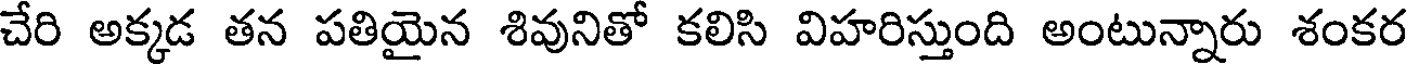
చేరి అక్కడ తన పతియైన శివునితో కలిసి విహరిస్తుంది అంటున్నారు శంకర